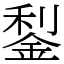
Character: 鋫